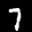
Label: 7